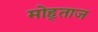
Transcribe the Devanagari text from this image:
मोह्ताज